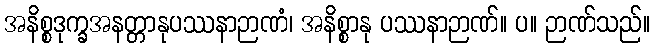
အနိစ္စဒုက္ခအနတ္တာနုပဿနာဉာဏံ၊ အနိစ္စာနု ပဿနာဉာဏ်။ ပ။ ဉာဏ်သည်။